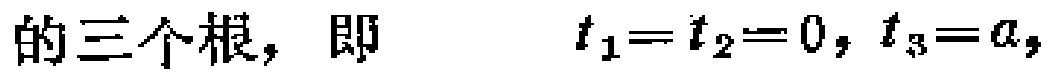
的三个根，即 \(t_1 = t_2 = 0, t_3 = a,\)